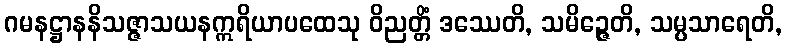
ဂမနဋ္ဌာနနိသဇ္ဇာသယနဣရိယာပထေသု ဝိညတ္တိံ ဒဿေတိ, သမိဉ္ဇေတိ, သမ္ပသာရေတိ,